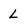
Character: L